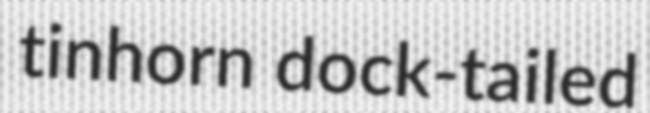
tinhorn dock-tailed